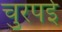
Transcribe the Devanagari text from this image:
चुरपई